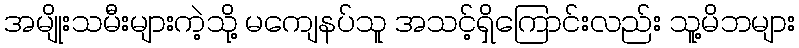
အမျိုးသမီးများကဲ့သို့ မကျေနပ်သူ အသင့်ရှိကြောင်းလည်း သူ့မိဘများ